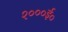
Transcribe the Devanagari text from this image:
२०००ई०